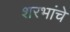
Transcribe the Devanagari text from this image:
शरभांचे